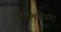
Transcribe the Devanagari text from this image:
उपविभागांना